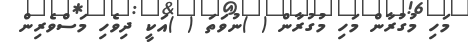
މަހި މުގުރާން މަހި މުގުރާން ( )ނުވަތަ ( )އަކީ ދިވެހި މަސްވެރިން